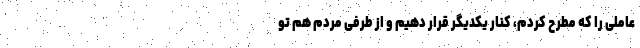
عاملی را که مطرح کردم، کنار یکدیگر قرار دهیم و از طرفی مردم هم تو